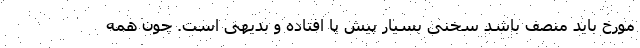
مورخ باید منصف باشد سخنی بسیار پیش پا افتاده و بدیهی است. چون همه